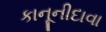
કાનૂનીદાવા